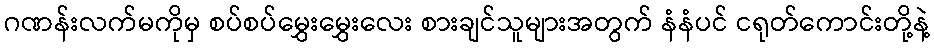
ဂဏန်းလက်မကိုမှ စပ်စပ်မွှေးမွှေးလေး စားချင်သူများအတွက် နံနံပင် ငရုတ်ကောင်းတို့နဲ့